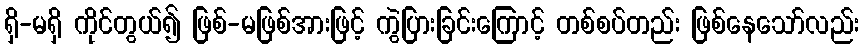
ရှိ-မရှိ ကိုင်တွယ်၍ ဖြစ်-မဖြစ်အားဖြင့် ကွဲပြားခြင်းကြောင့် တစ်စပ်တည်း ဖြစ်နေသော်လည်း